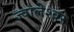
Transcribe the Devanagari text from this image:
ज्‍वालेश्‍वर